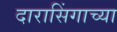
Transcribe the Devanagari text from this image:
दारासिंगाच्या